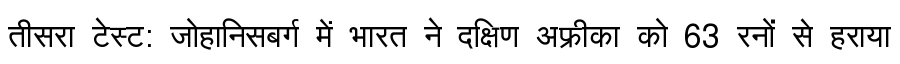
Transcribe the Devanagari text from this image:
तीसरा टेस्ट: जोहानिसबर्ग में भारत ने दक्षिण अफ्रीका को 63 रनों से हराया